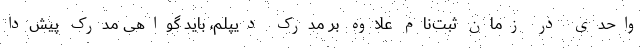
واحدی در زمان ثبت‌نام علاوه بر مدرک دیپلم، باید گواهی مدرک پیش‌دا